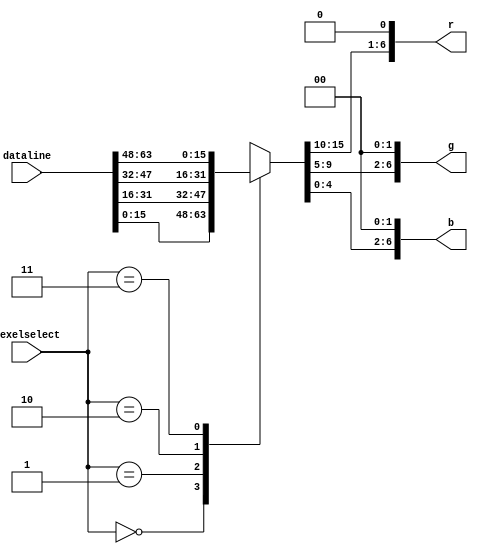
`define SIMULATION_MEMORY

 module col16to21 (dataline, texelselect, r, g, b);

    input[63:0] dataline; 
    input[1:0] texelselect; 
    output[6:0] r; 
    wire[6:0] r;
    output[6:0] g; 
    wire[6:0] g;
    output[6:0] b; 
    wire[6:0] b;

    reg[15:0] col16; 

    always @(dataline or texelselect)
    begin
       case (texelselect)
          2'b00 :
                   begin
                      col16 = dataline[15:0] ; 
                   end
          2'b01 :
                   begin
                      col16 = dataline[31:16] ; 
                   end
          2'b10 :
                   begin
                      col16 = dataline[47:32] ; 
                   end
          2'b11 :
                   begin
                      col16 = dataline[63:48] ; 
                   end
       endcase 
    end 
    assign r = {col16[15:10], 1'b0} ;
    assign g = {col16[9:5], 2'b00} ;
    assign b = {col16[4:0], 2'b00} ;
 endmodule